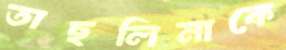
তাছলিমাকে